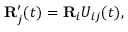
\begin{array} { r } { { \bf R } _ { j } ^ { \prime } ( t ) = { \bf R } _ { i } U _ { i j } ( t ) , } \end{array}